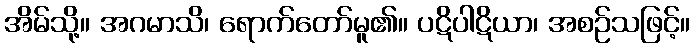
အိမ်သို့။ အဂမာသိ၊ ရောက်တော်မူ၏။ ပဋိပါဋိယာ၊ အစဉ်သဖြင့်။